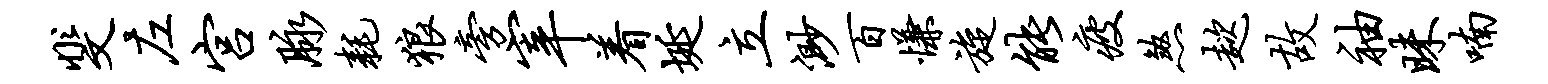
斐左宫脉耗狼旁宰着埏立渺百慊旋能疲煞趑故袖昧喃